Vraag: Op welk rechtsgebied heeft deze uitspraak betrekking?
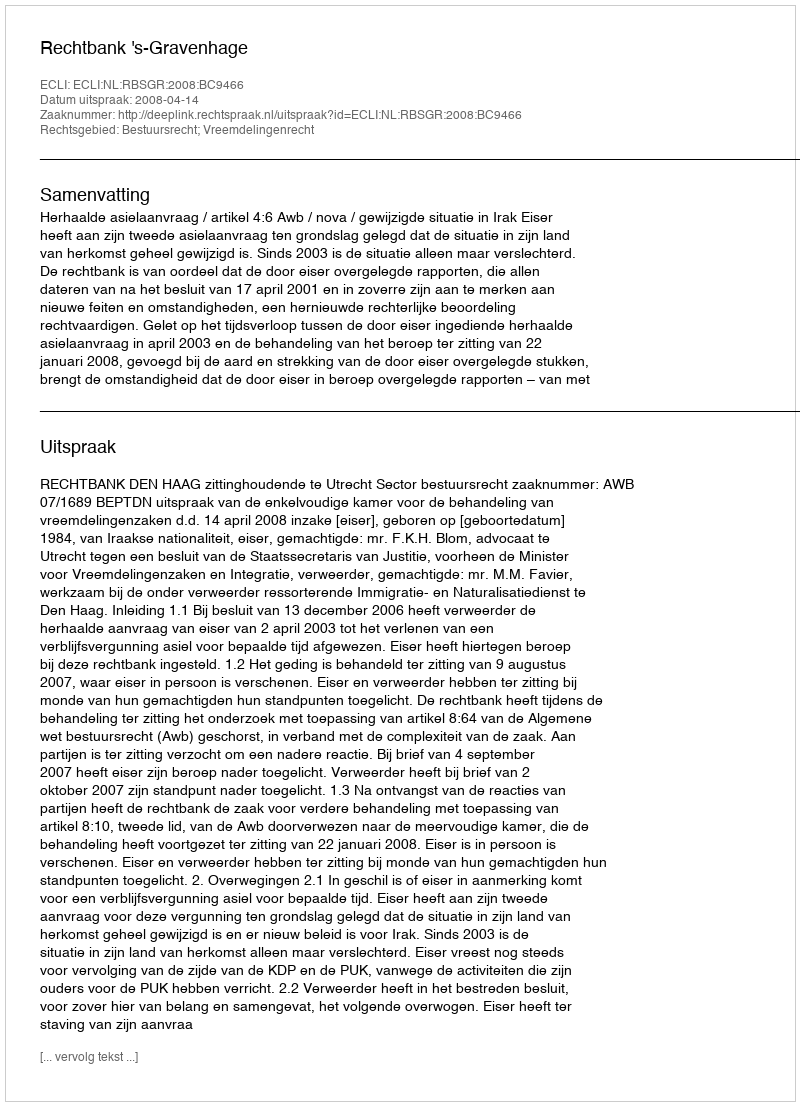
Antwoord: Bestuursrecht; Vreemdelingenrecht